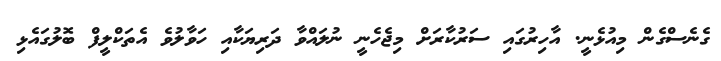
ގެނެސްގެން މިއުޅެނީ. އާހިރުގައި ސަރުކާރަށް މިޖެހެނީ ނުލައްވާ ދަރިޔަކާއި ހަވާލުވެ އެތަކްލީފް ބޮލުގައެޅި